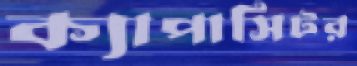
ক্যাপাসিটর